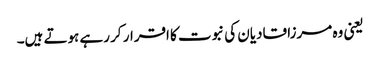
یعنی وہ مرزا قادیان کی نبوت کا اقرار کر رہے ہوتے ہیں۔